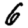
Digit: 6